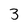
Character: 3